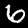
Digit: 6